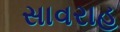
સાવરાહ